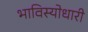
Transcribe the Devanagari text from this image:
भाविस्योधारी